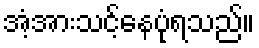
အံ့အားသင့်နေပုံရသည်။